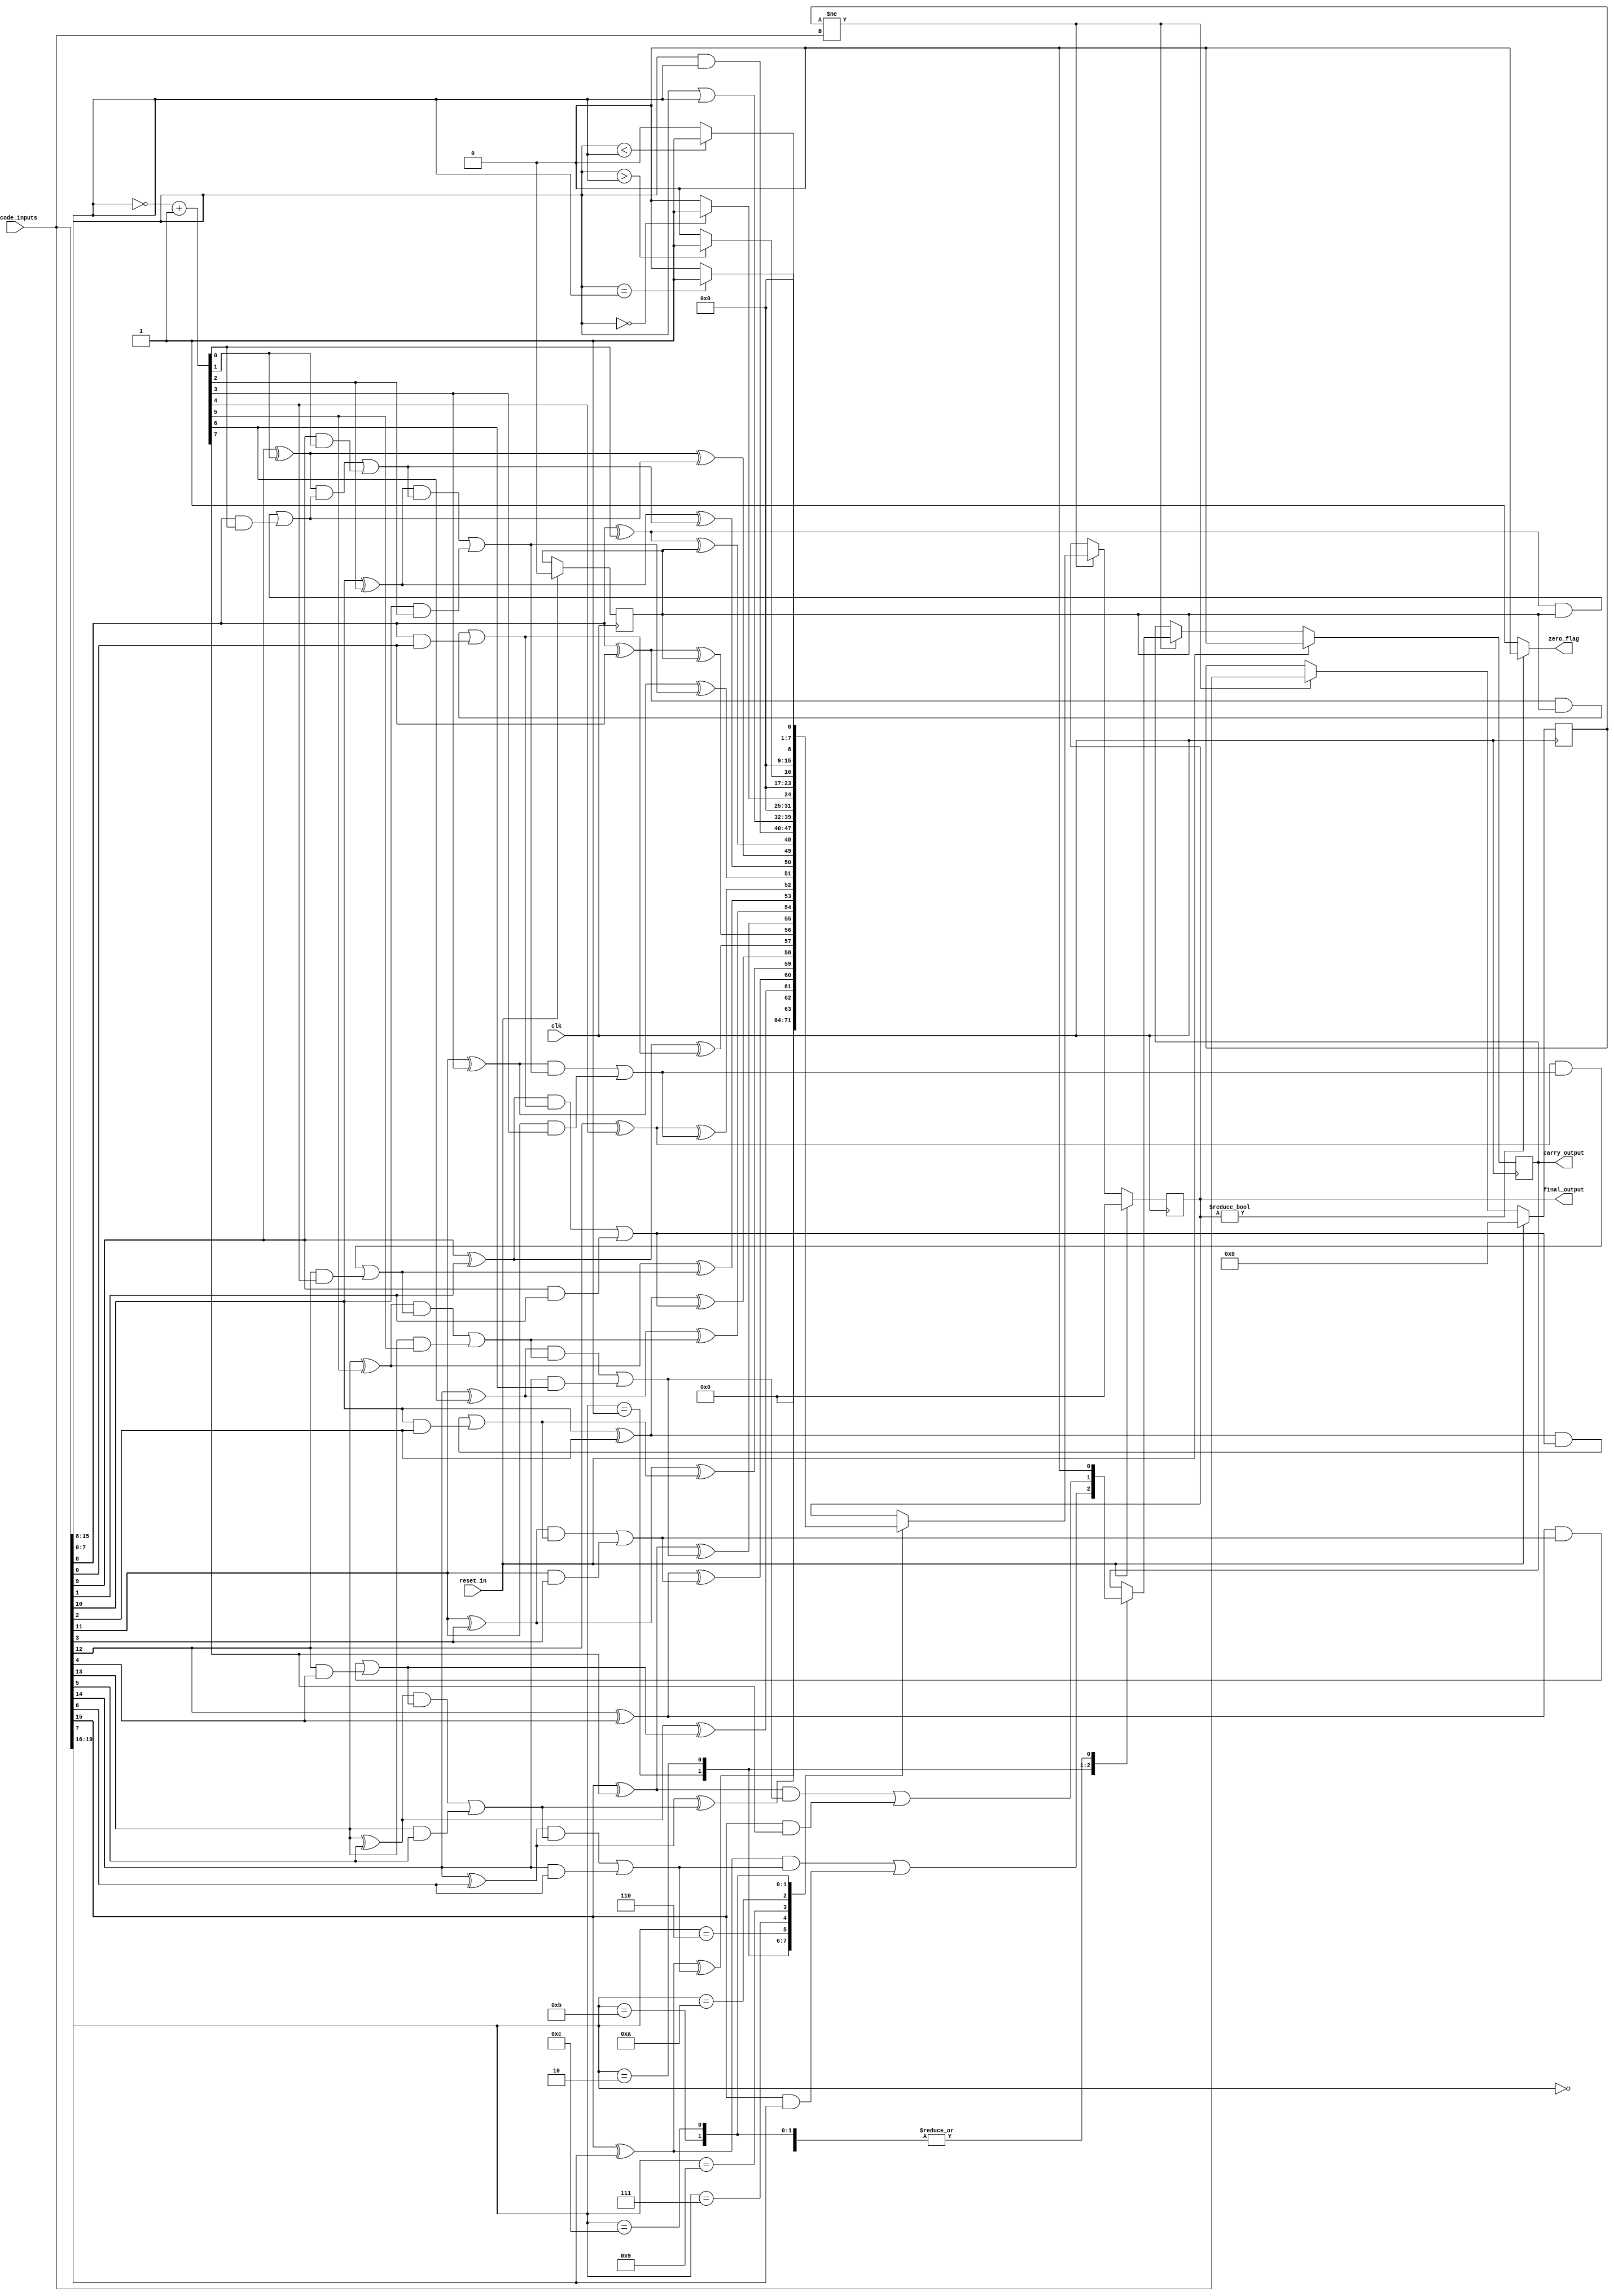
module alu	(
		final_output,carry_output, zero_flag,
		opcode_inputs, reset_in, clk
		);
parameter OPCODE_LENGTH = 4;
parameter DATA_WIDTH = 8;
parameter VECTOR_LENGTH = OPCODE_LENGTH + DATA_WIDTH + DATA_WIDTH;
parameter NOP = 4'b0000;
parameter ADD = 4'b0001;
parameter SUBTRACT = 4'b0010;
parameter MULT	= 4'b0011;
parameter DIVIDE = 4'b0100;
parameter AND = 4'b0110;
parameter OR = 4'b0111;
parameter ZERO_TEST = 4'b1001;
parameter GREATER_THAN = 4'b1010;
parameter EQUAL = 4'b1011;
parameter LESS_THAN = 4'b1100;
output reg [DATA_WIDTH-1:0] final_output;
output reg carry_output;
output zero_flag;
input [VECTOR_LENGTH-1:0] opcode_inputs;
input reset_in;
input clk;
reg [VECTOR_LENGTH-1:0] prev_opcode_inputs;
// including the necessary task files
task CRAFA_module(
    output reg sum,carry,
    input in1,in2,carry_in
    );
reg intermediate, gen, propagate;
begin
propagate = in1 ^ in2;
sum = propagate ^ carry_in;
gen = in1 & in2;
intermediate = propagate & carry_in;
carry = intermediate | gen;
end
endtask
task CRA4bit(
    output reg [3:0] cra_sum,
    output reg cra_carry_out,
    input [3:0] in1,in2,
    input carry_in
    );
reg carry1,carry2,carry3;
begin
CRAFA_module 	(cra_sum[0],carry1,in1[0],in2[0],carry_in);
CRAFA_module	(cra_sum[1],carry2,in1[1],in2[1],carry1);
CRAFA_module	(cra_sum[2],carry3,in1[2],in2[2],carry2);
CRAFA_module	(cra_sum[3],cra_carry_out,in1[3],in2[3],carry3);
end
endtask
task CRA8bit(
    output reg [7:0] cra_sum,
    output reg cra_carry_out,
    input [7:0] in1,in2,
    input carry_in
    );
reg carry1;
begin
CRA4bit	(cra_sum[3:0],carry1,in1[3:0],in2[3:0],carry_in);
CRA4bit	(cra_sum[7:4],cra_carry_out,in1[7:4],in2[7:4],carry1);
end
endtask
task cra8_task(
    output [DATA_WIDTH-1:0] adder_output,
    output adder_carryout,
    input [DATA_WIDTH-1:0] adder_in1, adder_in2,
    input adder_carryin
    );
begin
	CRA8bit(adder_output,adder_carryout,adder_in1,adder_in2,adder_carryin);
end
endtask
task scra8_task(
    output [DATA_WIDTH-1:0] sub_output,
    output sub_c_b_out,
    input [DATA_WIDTH-1:0] sub_in1,sub_in2,
    input sub_c_b_in
    );
reg [DATA_WIDTH-1:0]temp;
begin
	temp = ~sub_in2 + 8'b1;
	CRA8bit(sub_output,sub_c_b_out, sub_in1, temp, sub_c_b_in);
end
endtask
task CSAFA_module(
    output reg sum,carry,
    input in1,in2,carry_in
    );
reg intermediate, gen, propagate;
begin
propagate = in1 ^ in2;
sum = propagate ^ carry_in;
gen = in1 & in2;
intermediate = propagate & carry_in;
carry = intermediate | gen;
end
endtask
task and_mux(
	output reg carry_out,
	input reg propagate1, propagate2, propagate3, propagate4, carry_in, csa_carry
	);
reg temp_and;
begin
	temp_and = propagate1 & propagate2 & propagate3 & propagate4;
	if(temp_and)
	begin
		carry_out = carry_in;
	end else
		begin
			carry_out = csa_carry;
		end
end
endtask
task gen_propagate(
	output reg [3:0]propagate,
	input [3:0]in1,in2
	);
begin
	propagate[0] = in1[0] & in2[0];
	propagate[1] = in1[1] & in2[1];
	propagate[2] = in1[2] & in2[2];
	propagate[3] = in1[3] & in2[3];
end
endtask
task CSA4bit(
    output reg [3:0] csa_sum,
    output reg csa_carry_out,
    input [3:0] in1,in2,
    input carry_in
    );
reg carry1,carry2,carry3,carry4;
reg [3:0]propagate;
begin
gen_propagate 	(propagate, in1, in2);
CSAFA_module 	(csa_sum[0],carry1,in1[0],in2[0],carry_in);
CSAFA_module	(csa_sum[1],carry2,in1[1],in2[1],carry1);
CSAFA_module	(csa_sum[2],carry3,in1[2],in2[2],carry2);
CSAFA_module	(csa_sum[3],carry4,in1[3],in2[3],carry3);
and_mux			(csa_carry_out,propagate[0],propagate[1],propagate[2],propagate[3],carry_in,carry4);
end
endtask
task CSA8bit(
    output reg [7:0] csa_sum,
    output reg csa_carry_out,
    input [7:0] in1,in2,
    input carry_in
    );
reg carry1;
begin
CSA4bit	(csa_sum[3:0],carry1,in1[3:0],in2[3:0],carry_in);
CSA4bit	(csa_sum[7:4],csa_carry_out,in1[7:4],in2[7:4],carry1);
end
endtask
task csa8_task(
    output [DATA_WIDTH-1:0] adder_output,
    output adder_carryout,
    input [DATA_WIDTH-1:0] adder_in1, adder_in2,
    input adder_carryin
    );
begin
	CSA8bit(adder_output,adder_carryout,adder_in1,adder_in2,adder_carryin);
end
endtask
task scsa8_task(
    output [DATA_WIDTH-1:0] sub_output,
    output sub_c_b_out,
    input [DATA_WIDTH-1:0] sub_in1,sub_in2,
    input sub_c_b_in
    );
reg [DATA_WIDTH-1:0]temp;
begin
	temp = ~sub_in2 + 8'b1;
	CSA8bit(sub_output,sub_c_b_out, sub_in1, temp, sub_c_b_in);
end
endtask
reg [DATA_WIDTH-1:0]input1;	// storing the 1st operand from the input vector
reg [DATA_WIDTH-1:0]input2;	// storing the 2nd operand from the input vector
reg [OPCODE_LENGTH-1:0]opcode;	// storing the opcode from the input vector
reg carry_in;		// initial carry in
always @(posedge clk)
begin
	if(reset_in)
	begin
		carry_in = 1'b0;
		carry_output = 1'b0;
		final_output = 8'b0;
		prev_opcode_inputs = 0;
	end else
	begin
		if(prev_opcode_inputs != opcode_inputs)
		begin
			prev_opcode_inputs = opcode_inputs;
			opcode = opcode_inputs[VECTOR_LENGTH-1:VECTOR_LENGTH-OPCODE_LENGTH];	// opcode from the input vector
			input1 = opcode_inputs[VECTOR_LENGTH-OPCODE_LENGTH-1:VECTOR_LENGTH-OPCODE_LENGTH-DATA_WIDTH];	// 1st operand from the input vector
			input2 = opcode_inputs[VECTOR_LENGTH-OPCODE_LENGTH-DATA_WIDTH-1:VECTOR_LENGTH-OPCODE_LENGTH-DATA_WIDTH-DATA_WIDTH];								// 2nd operand from the input vector
			$display("opcode: %d", opcode);
			case (opcode)
			NOP: begin
					// $display ("NOP");
						// nop_task(final_output);
						final_output = 16'b0;
					end
			ADD: begin
						// can be changed from the alu.vh file
						`ifdef CSA_ADDITION
							// $display ("CSA ADD");
							CSA8bit(final_output,carry_output,input1, input2, carry_in);
						`else
							// $display ("CRA ADD");
							CRA8bit(final_output,carry_output, input1, input2, carry_in);
						`endif
					end
			SUBTRACT: 	begin
								`ifdef CSA_ADDITION
									// $display ("CSA SUB");
									scsa8_task(final_output,carry_output,input1, input2, carry_in);
								`else
									// $display ("CRA SUB");
									scra8_task(final_output,carry_output,input1, input2, carry_in);
								`endif
							end
			AND: begin
						// $display ("AND");
						// and_task(final_output, carry_output, input1, input2);
						carry_output = 1'b0;
						final_output = input1 & input2;
					end
			OR: 	begin
						// $display ("OR");
						// or_task(final_output, carry_output, input1, input2);
						carry_output = 1'b0;
						final_output = input1 | input2;
					end
			ZERO_TEST: begin
								// $display ("ZERO");
								// zero_test_task(final_output, carry_output, input1);
								carry_output = 1'b0;
								if(input1 == 16'b0)
									final_output = 16'b1;
								else
									final_output = 16'b0;
							end
			GREATER_THAN: begin
									// $display ("GREATER THAN");
									// greater_than_task(final_output, carry_output, input1, input2);
									carry_output = 1'b0;
									if(input1 > input2)
										final_output = 16'b1;
									else
										final_output = 16'b0;
								end
			EQUAL: 	begin
							// $display ("EQUAL");
							// equal_task(final_output, carry_output, input1, input2);
							carry_output = 1'b0;
							if(input1 == input2)
								final_output = 16'b1;
							else
								final_output = 16'b0;
						end
			LESS_THAN: begin
								// $display ("LESS THAN");
								// less_than_task(final_output, carry_output, input1, input2);
								carry_output = 1'b0;
								if(input1 < input2)
									final_output = 16'b1;
								else
									final_output = 16'b0;
							end
			default: final_output = final_output;
			endcase
			// $display("final_out: %d, input1: %d, input1: %d", final_output, input1, input2);
		end
	end
end
assign zero_flag = final_output ? 1'b0 : 1'b1;
endmodule